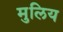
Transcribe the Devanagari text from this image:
मुलिय